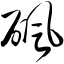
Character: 砜